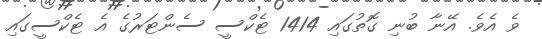
ވެ އެވެ. އޭނާ ބުނި ގޮތުގައި 1414 ޓެކްސީ ސެންޓަރުގެ އެ ޓެކްސީގައި